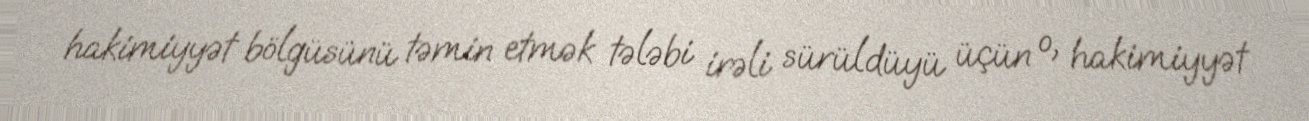
hakimiyyət bölgüsünü təmin etmək tələbi irəli sürüldüyü üçün o, hakimiyyət